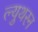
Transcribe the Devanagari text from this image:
ल्युथरन